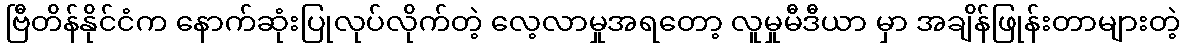
ဗြီတိန်နိုင်ငံက နောက်ဆုံးပြုလုပ်လိုက်တဲ့ လေ့လာမှုအရတော့ လူမှုမီဒီယာ မှာ အချိန်ဖြုန်းတာများတဲ့